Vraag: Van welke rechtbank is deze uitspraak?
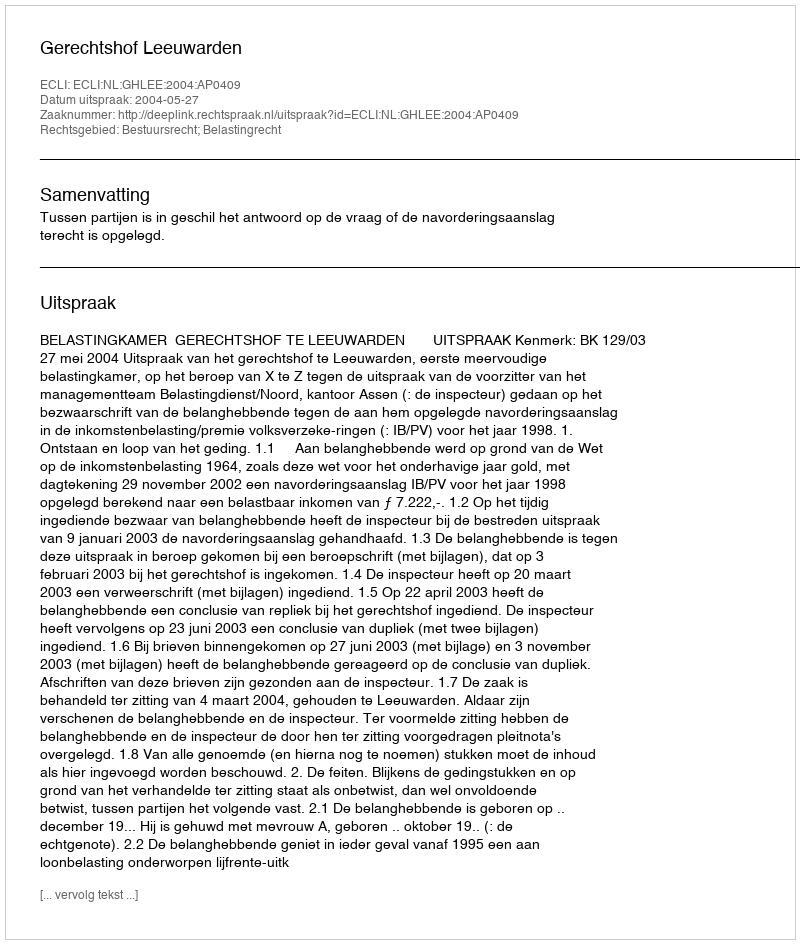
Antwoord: Gerechtshof Leeuwarden